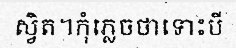
ស្វិត។កុំភ្លេចថាទោះបី